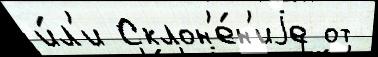
и́л'и Склон'е́н'иjе от